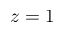
z = 1